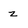
Character: z